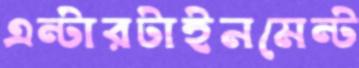
এন্টারটাইনমেন্ট